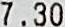
7.30